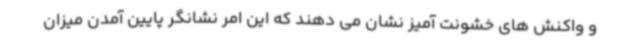
و واکنش های خشونت آمیز نشان می دهند که این امر نشانگر پایین آمدن میزان